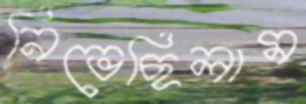
নিভেছিলাম